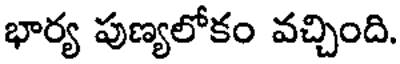
భార్య పుణ్యలోకం వచ్చింది.